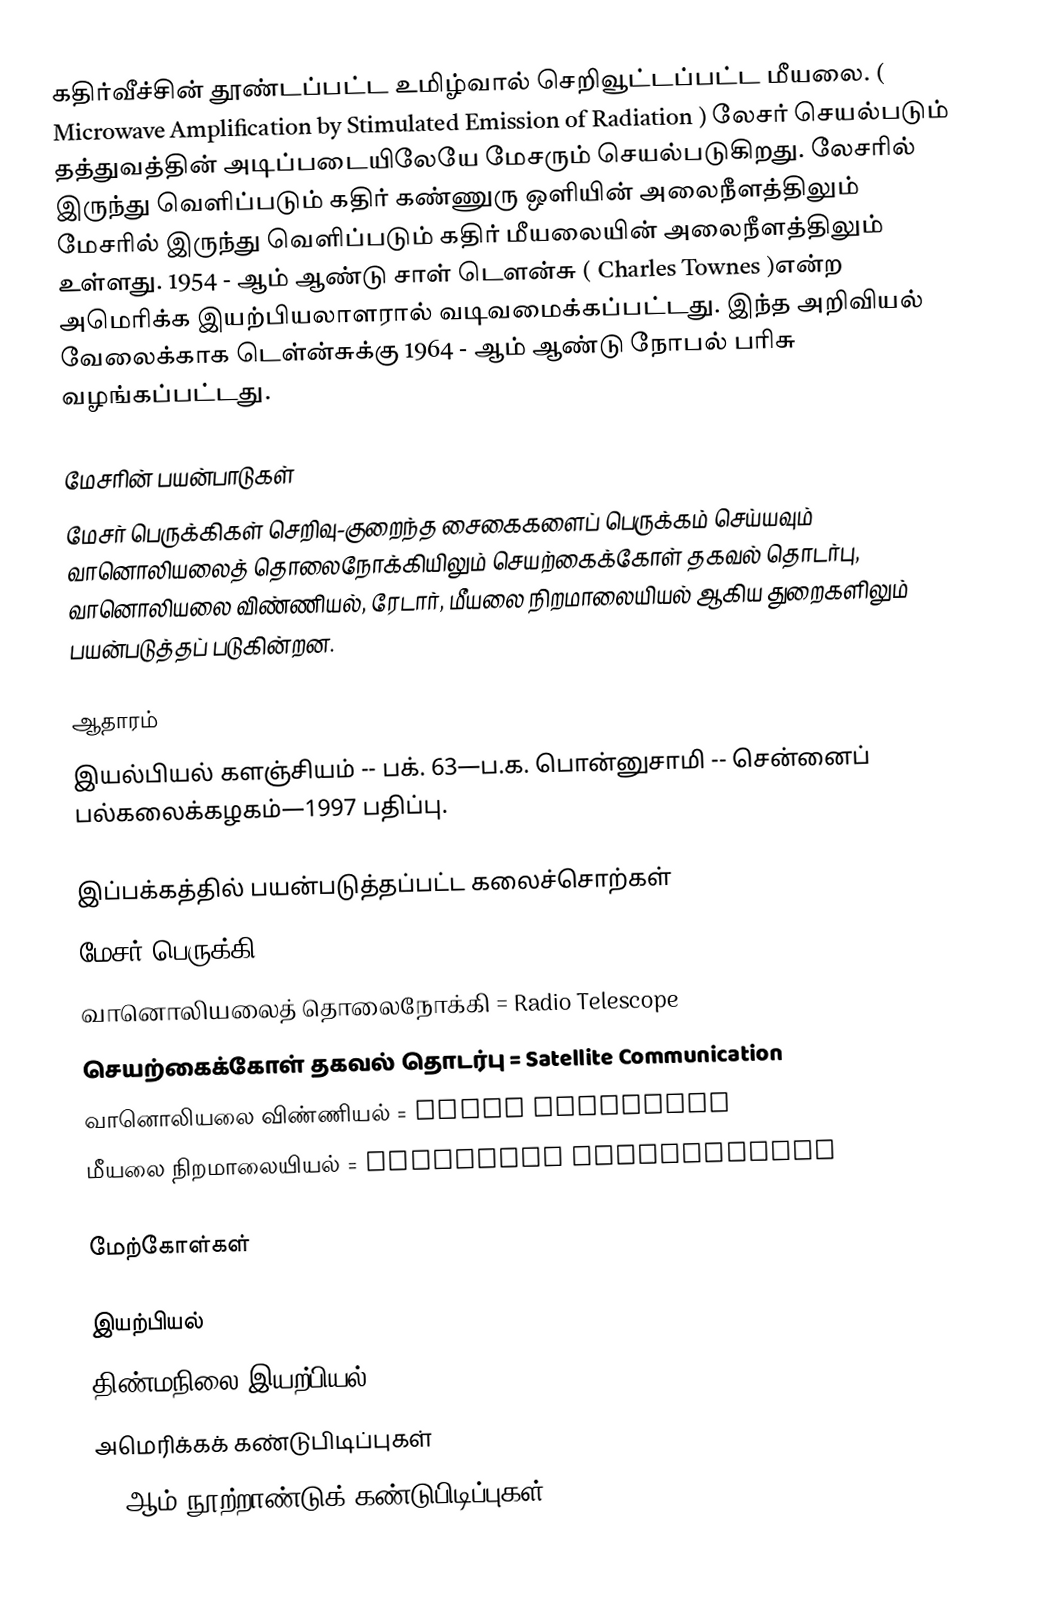
கதிர்வீச்சின் தூண்டப்பட்ட உமிழ்வால் செறிவூட்டப்பட்ட மீயலை. ( Microwave Amplification by Stimulated Emission of Radiation ) லேசர் செயல்படும் தத்துவத்தின் அடிப்படையிலேயே மேசரும் செயல்படுகிறது. லேசரில் இருந்து வெளிப்படும் கதிர் கண்ணுரு ஒளியின் அலைநீளத்திலும் மேசரில் இருந்து வெளிப்படும் கதிர் மீயலையின் அலைநீளத்திலும் உள்ளது. 1954 - ஆம் ஆண்டு சாள் டெளன்சு ( Charles Townes )என்ற அமெரிக்க இயற்பியலாளரால் வடிவமைக்கப்பட்டது. இந்த அறிவியல் வேலைக்காக டெள்ன்சுக்கு 1964 - ஆம் ஆண்டு நோபல் பரிசு வழங்கப்பட்டது.

மேசரின் பயன்பாடுகள்
மேசர் பெருக்கிகள் செறிவு-குறைந்த சைகைகளைப் பெருக்கம் செய்யவும் வானொலியலைத் தொலைநோக்கியிலும் செயற்கைக்கோள் தகவல் தொடர்பு, வானொலியலை விண்ணியல், ரேடார், மீயலை நிறமாலையியல் ஆகிய துறைகளிலும் பயன்படுத்தப் படுகின்றன.

ஆதாரம்
இயல்பியல் களஞ்சியம் -- பக். 63—ப.க. பொன்னுசாமி -- சென்னைப் பல்கலைக்கழகம்—1997 பதிப்பு.

இப்பக்கத்தில் பயன்படுத்தப்பட்ட கலைச்சொற்கள்
 மேசர் பெருக்கி = Maser Amplifier
 வானொலியலைத் தொலைநோக்கி = Radio Telescope
 செயற்கைக்கோள் தகவல் தொடர்பு = Satellite Communication
 வானொலியலை விண்ணியல் = Radio Astronomy
 மீயலை நிறமாலையியல் = Microwave Spectroscopy

மேற்கோள்கள்

இயற்பியல்
திண்மநிலை இயற்பியல்
அமெரிக்கக் கண்டுபிடிப்புகள்
20-ஆம் நூற்றாண்டுக் கண்டுபிடிப்புகள்